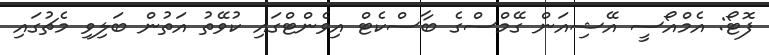
ފޮޓޯ: އެމްއޯސީ އޭޝިއަން ގޭމްސްގެ ބާސްކެޓް އިވެންޓްގައި ކުވޭތު އަތުން ބަލިވި މެޗުގައި